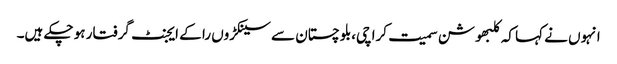
انہوں نے کہا کہ کلبھوشن سمیت کراچی،بلوچستان سے سینکڑوں را کے ایجنٹ گرفتار ہو چکے ہیں۔